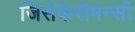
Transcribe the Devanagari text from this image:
जिसेकेरोमन्सी